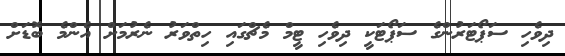
ދިވެހި ސަޕޯޓަރުންގެ ސަޕޯޓަކީ ދިވެހި ޓީމް މެޗްގައި ހިތްވަރު ނެރުމަށް އެންމެ ބޮޑަށް